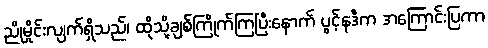
ညိုမှိုင်းလျက်ရှိသည်၊ ထိုသို့ချစ်ကြိုက်ကြပြီးနောက် ပွင့်နဒီက အကြောင်းပြကာ